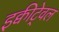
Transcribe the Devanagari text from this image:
इक्वीटे्वल